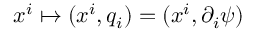
x ^ { i } \mapsto ( x ^ { i } , q _ { i } ) = ( x ^ { i } , \partial _ { i } \psi )